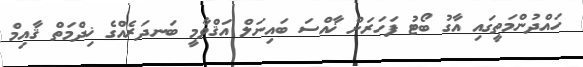
ހައްދުންމަތީގައި އާގު ބޯޓު ފަހަރަށް ޚާއްސަ ބައިނަލް އަޤްވާމީ ބަނދަރެއްގެ ޚިދްމަތް ޤާއިމް